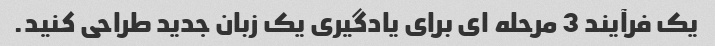
یک فرآیند 3 مرحله ای برای یادگیری یک زبان جدید طراحی کنید.